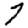
Digit: 7